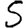
Digit: 5